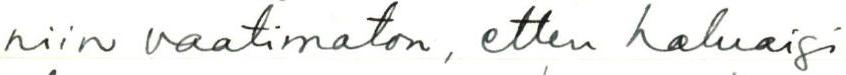
niin vaatimaton, etten haluaisi